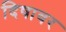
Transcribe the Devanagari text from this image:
दिषावर